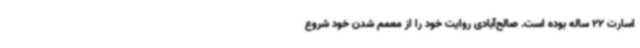
اسارت 22 ساله بوده است. صالح‌آبادی روایت خود را از معمم شدن خود شروع